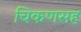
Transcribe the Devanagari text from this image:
चिकणसह